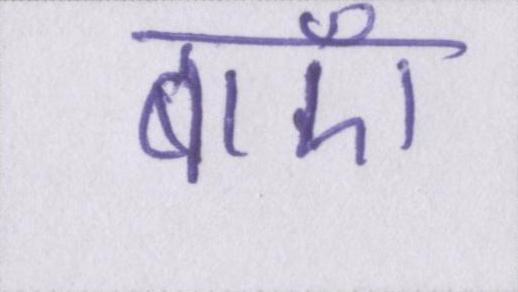
बाएँ